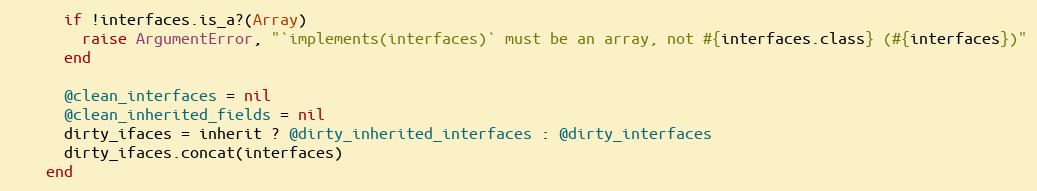
Language: Ruby
      if !interfaces.is_a?(Array)
        raise ArgumentError, "`implements(interfaces)` must be an array, not #{interfaces.class} (#{interfaces})"
      end

      @clean_interfaces = nil
      @clean_inherited_fields = nil
      dirty_ifaces = inherit ? @dirty_inherited_interfaces : @dirty_interfaces
      dirty_ifaces.concat(interfaces)
    end